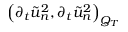
\left( \partial _ { t } \tilde { u } _ { n } ^ { 2 } , \partial _ { t } \tilde { u } _ { n } ^ { 2 } \right) _ { Q _ { T } }